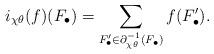
LaTeX: \begin{align*} i_{\chi\theta}(f)(F_\bullet) = \sum_{F'_\bullet\in\partial_{\chi\theta}^{-1}(F_\bullet)} f(F'_\bullet).\end{align*}